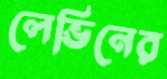
লেভিনের